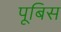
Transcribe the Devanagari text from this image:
पूबिस